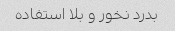
بدرد نخور و بلا استفاده